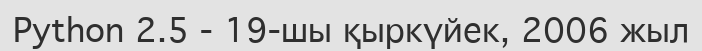
Python 2.5 - 19-шы қыркүйек, 2006 жыл